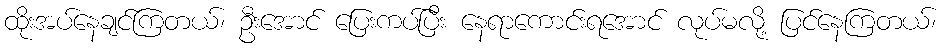
ထိုးအပ်နေချင်ကြတယ်၊ ဦးအောင် ပြေးကပ်ပြီး နေရာကောင်းရအောင် လုပ်မလို့ ပြင်နေကြတယ်၊